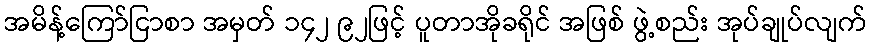
အမိန့်ကြော်ငြာစာ အမှတ် ၁၄၂ ၉၂ဖြင့် ပူတာအိုခရိုင် အဖြစ် ဖွဲ့စည်း အုပ်ချုပ်လျက်